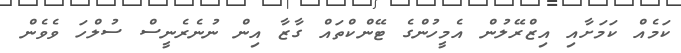
ކަމެއް ކަމަށާއި އިޒްރޭލުން އެމީހުންގެ ޓޭންކްތައް ގާޒާ އިން ނުނެރެނީސް ސުލްހަ ވެވެން